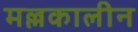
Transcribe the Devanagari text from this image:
मल्लकालीन